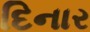
દિનાર